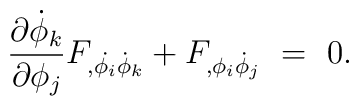
{\partial \dot{\phi}_k \over \partial \phi_j}F_{,\dot{\phi_i} \dot{\phi}_k} + F_{,\phi_i \dot{\phi}_j}~=~0.